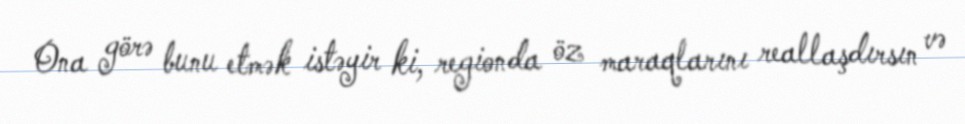
Ona görə bunu etmək istəyir ki, regionda öz maraqlarını reallaşdırsın və